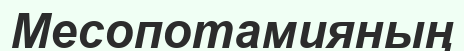
Месопотамияның